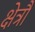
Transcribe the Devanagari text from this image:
क्षेत्रौ